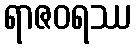
ရာဇဝရဿ